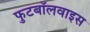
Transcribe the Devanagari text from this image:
फुटबॉलवाइस